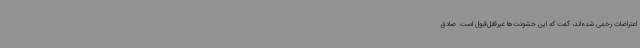
اعتراضات زخمی شده‌اند، گفت که این خشونت‌ها غیرقابل‌قبول است. صادق